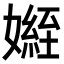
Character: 𭒟